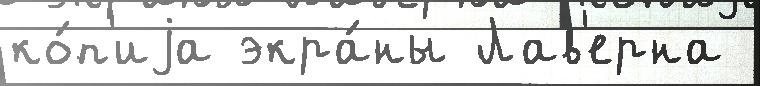
ко́п'иjа экра́ны Лав'ерна